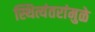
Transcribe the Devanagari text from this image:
स्थित्यंतरांमुळे